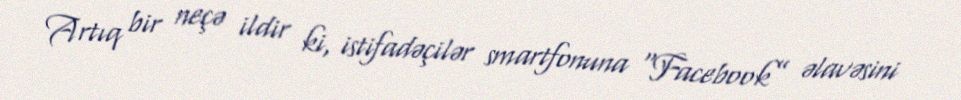
Artıq bir neçə ildir ki, istifadəçilər smartfonuna “Facebook” əlavəsini